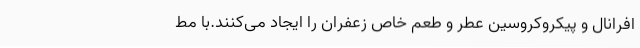
افرانال و پیکروکروسین عطر و طعم خاص زعفران را ایجاد می‌کنند.با مط